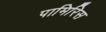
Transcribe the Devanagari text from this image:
पामिरिस